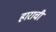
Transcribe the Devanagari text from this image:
हाराची